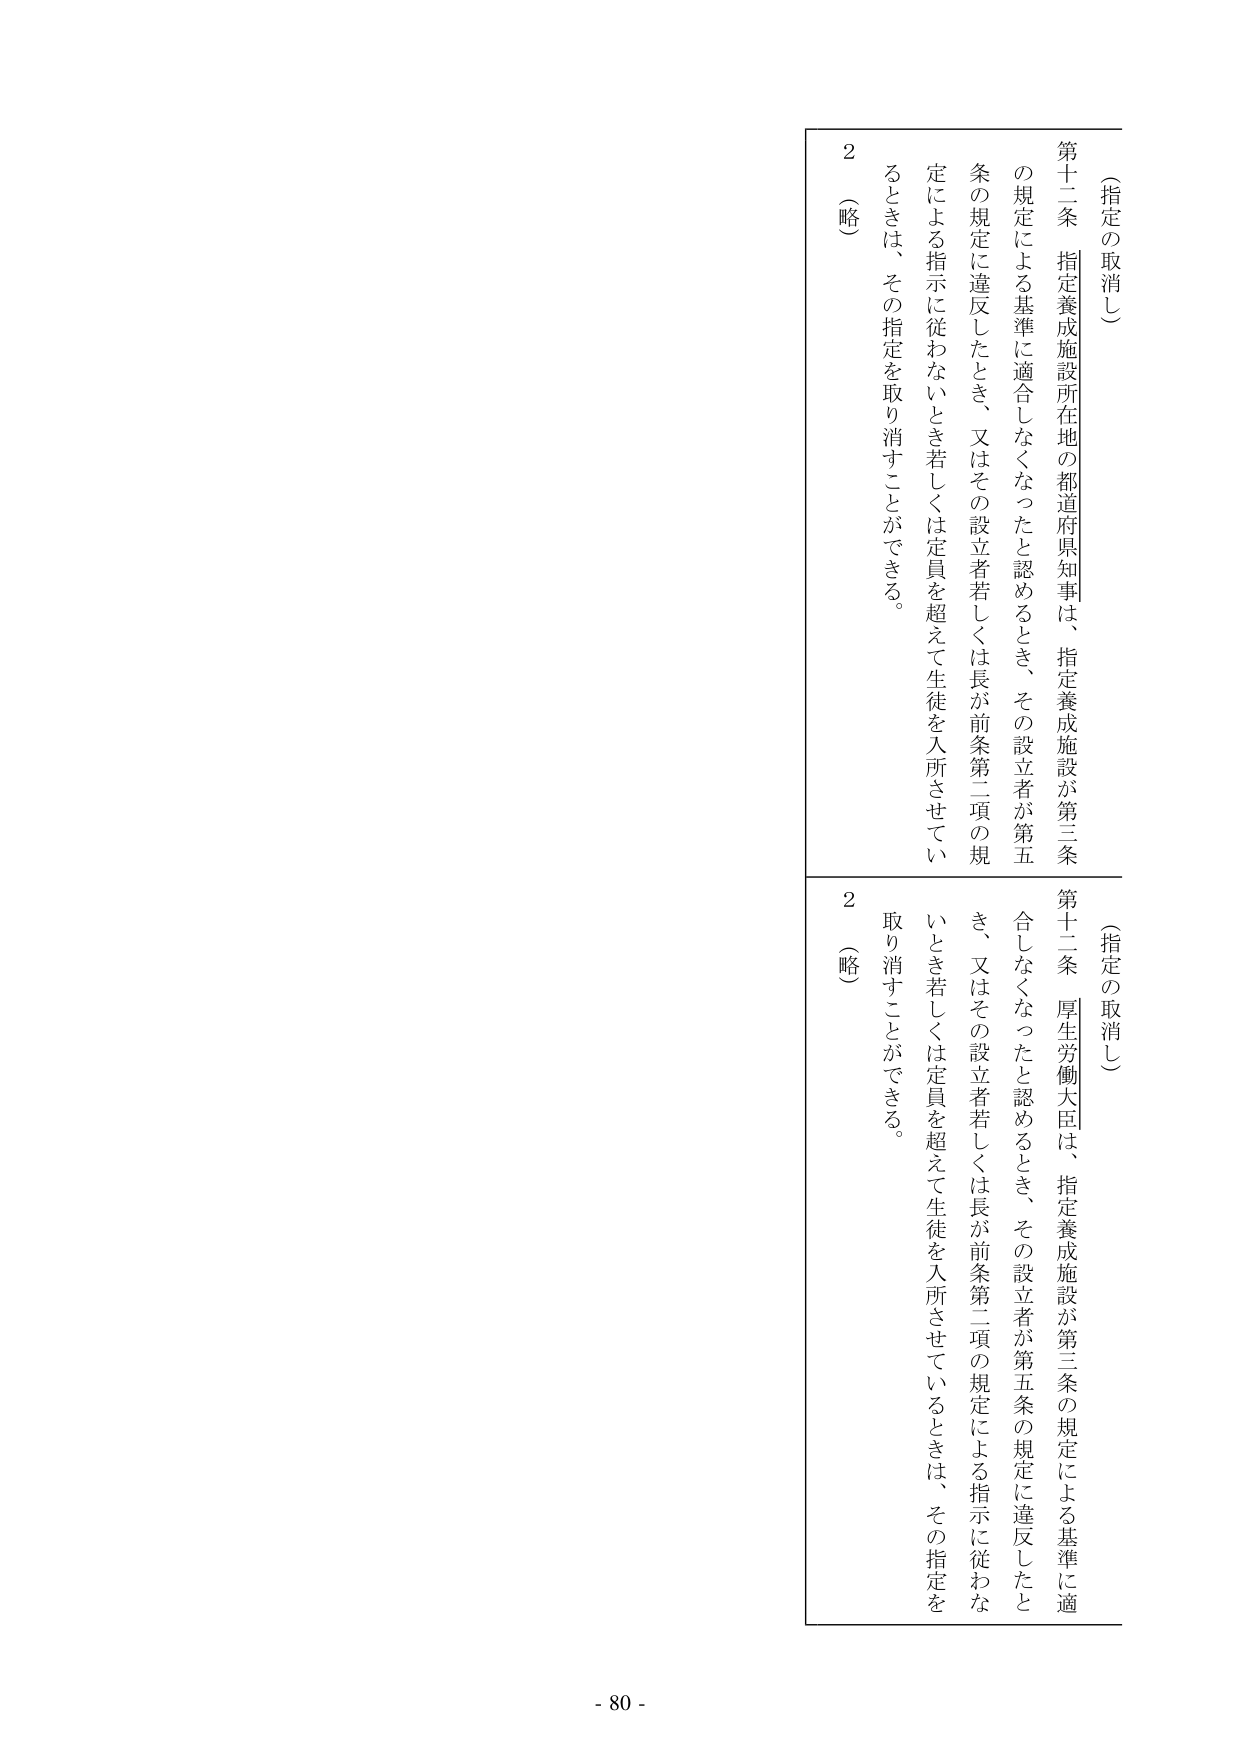
（指定の取消し）

第十二条 指定養成施設所在地の都道府県知事は、指定養成施設が第三条の規定による基準に適合しなくなったと認めるとき、その設立者若しくは長が前条第二項の規定による指示に従わないとき若しくは定員を超えて生徒を入所させているときは、その指定を取り消すことができる。

２ （略）

（指定の取消し）

第十二条 厚生労働大臣は、指定養成施設が第三条の規定による基準に適合しなくなったと認めるとき、その設立者若しくは長が前条第二項の規定による指示に従わないとき若しくは定員を超えて生徒を入所させているときは、その指定を取り消すことができる。

２ （略）

- 80 -